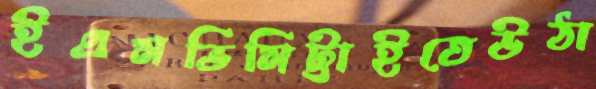
ইএমভিমিট্টাইতেউঠা